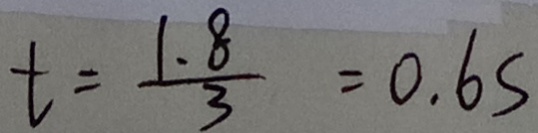
t = \frac { 1 . 8 } { 3 } = 0 . 6 s